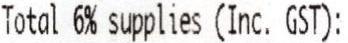
TOTAL 6% SUPPLIES (INC. GST):